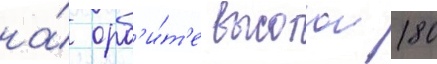
на́ орб'и́т'е высотои 180